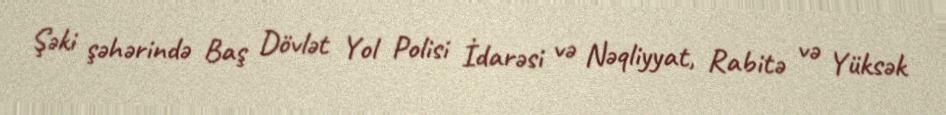
Şəki şəhərində Baş Dövlət Yol Polisi İdarəsi və Nəqliyyat, Rabitə və Yüksək